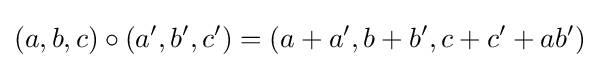
(a,b,c)\circ (a',b',c')=(a+a',b+b',c+c'+ab')